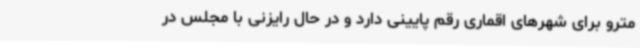
مترو برای شهرهای اقماری رقم پایینی دارد و در حال رایزنی با مجلس در